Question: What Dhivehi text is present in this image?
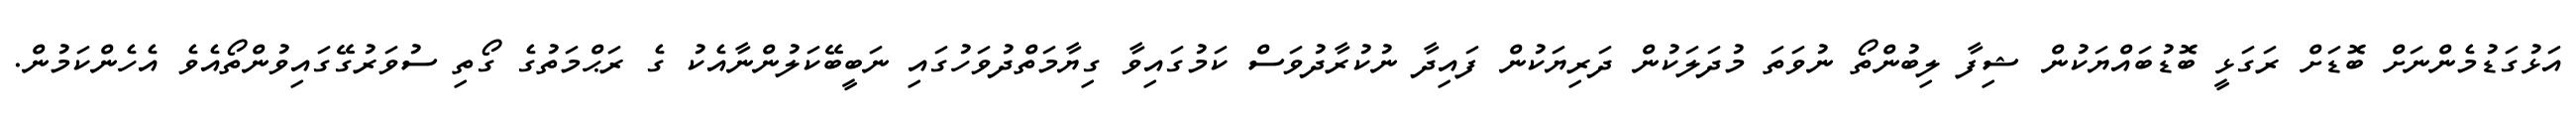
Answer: އަޅުގަޑުމެންނަށް ބޮޑަށް ރަގަޅީ ބޮޑުބައްޔަކުން ޝިފާ ލިބުންތޯ ނުވަތަ މުދަލަކުން ދަރިޔަކުން ފައިދާ ނުކުރާދުވަސް ކަމުގައިވާ ގިޔާމަތްދުވަހުގައި ނަބީބޭކަލުންނާއެކު ގެ ރަޙްމަތުގެ ގޯތި ސުވަރުގޭގައިވުންތޯއެވެ އެހެންކަމުން.